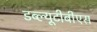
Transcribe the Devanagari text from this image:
डब्ल्यूटीबीएस